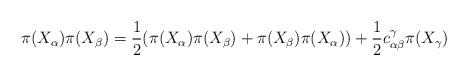
LaTeX: \begin{align*}\pi(X_\alpha)\pi(X_\beta) = \frac{1}{2}(\pi(X_\alpha)\pi(X_\beta)+\pi(X_\beta)\pi(X_\alpha)) + \frac{1}{2}c_{\alpha\beta}^\gamma \pi(X_\gamma)\end{align*}